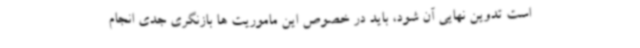
است تدوین نهایی آن شود، باید در خصوص این ماموریت ها بازنگری جدی انجام